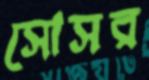
সোসর